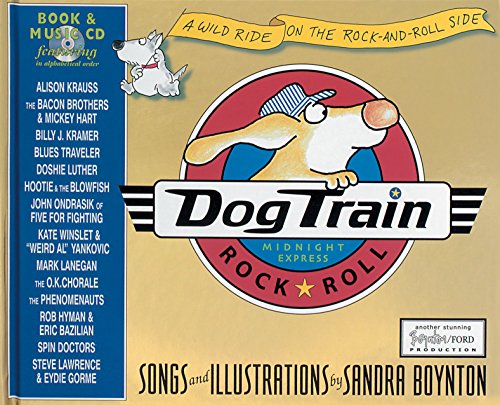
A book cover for Dog Train: A Wild Ride on the Rock-and-Roll Side; Sandra Boynton; Children's Books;